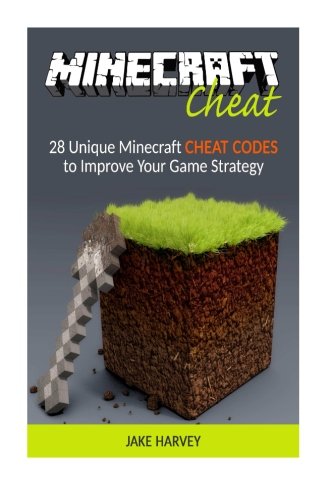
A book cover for Minecraft Cheat: 28 Unique Minecraft Cheat Codes to Improve Your Game Strategy (minecraft cheats, minecraft cheat commands, minecraft cheat codes); Jake Harvey; Humor & Entertainment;